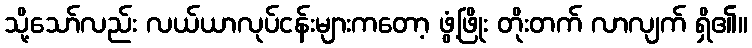
သို့သော်လည်း လယ်ယာလုပ်ငန်းများကတော့ ဖွံ့ဖြိုး တိုးတက် လာလျက် ရှိ၏။